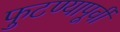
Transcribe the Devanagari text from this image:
फुटण्यापूर्वी